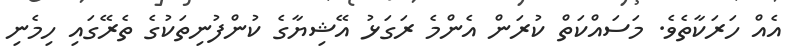
އެއް ހަރަކާތެވެ. މަސައްކަތް ކުރަން އެންމެ ރަގަޅު އޭޝިޔާގެ ކުންފުނިތަކުގެ ތެރޭގައި ހިމެނި